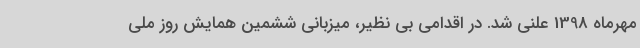
مهرماه 1398 علنی شد. در اقدامی بی نظیر، میزبانی ششمین همایش روز ملی